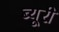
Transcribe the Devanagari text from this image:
ब्यूरी